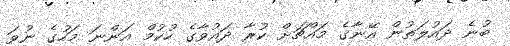
ބުނެ ދައުލަތުން އޭނާގެ މައްޗަށް ކުރާ ދައުވާގެ ހުކުމް އަންނަ މަހުގެ ނުވަ